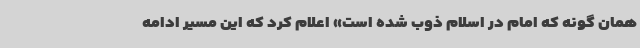
همان گونه که امام در اسلام ذوب شده است» اعلام کرد که این مسیر ادامه